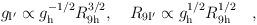
LaTeX: \begin{align*}g_{\rm I^{\prime}} \propto g^{-1/2}_{\rm h} R_{\rm 9h}^{3/2} , \quad R_{\rm 9I^{\prime}} \propto g^{1/2}_{\rm h} R_{\rm 9 h}^{1/2} \quad ,\end{align*}